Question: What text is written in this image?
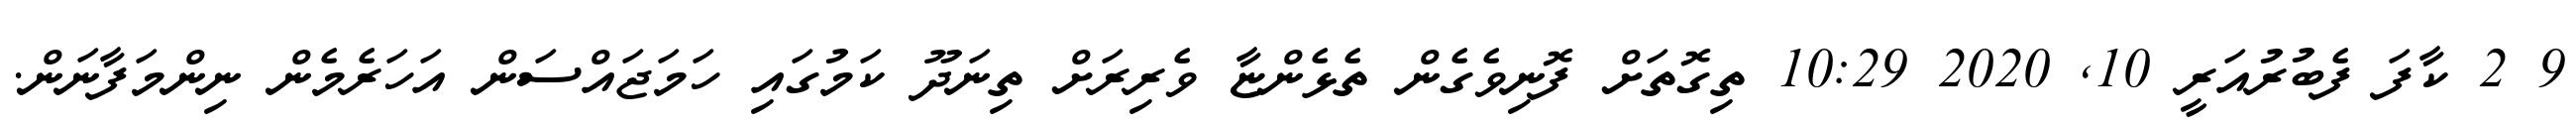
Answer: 9 2 ކާފަ ފެބުރުއަރީ 10, 2020 10:29 ތިގޮތަށް ފޮނިވެގެން ތެޅެންޏާ ވެރިރަށް ތިނަދޫ ކަމުގައި ހަމަޖައްސަން އަހަރެމެން ނިންމަފާނަން.